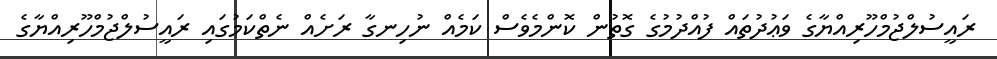
ރައީސުލްޖުމްހޫރިއްޔާގެ ވަޢުދުތައް ފުއްދުމުގެ ގޮތުން ކޮންމެވެސް ކަމެއް ނުހިނގާ ރަށެއް ނެތްކަމުގައި ރައީސުލްޖުމްހޫރިއްޔާގެ